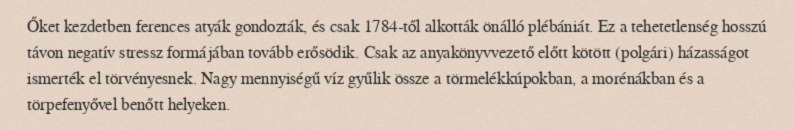
Őket kezdetben ferences atyák gondozták, és csak 1784-től alkották önálló plébániát. Ez a tehetetlenség hosszú távon negatív stressz formájában tovább erősödik. Csak az anyakönyvvezető előtt kötött (polgári) házasságot ismerték el törvényesnek. Nagy mennyiségű víz gyűlik össze a törmelékkúpokban, a morénákban és a törpefenyővel benőtt helyeken.